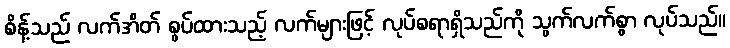
စိန့်သည် လက်အိတ် စွပ်ထားသည့် လက်များဖြင့် လုပ်စရာရှိသည်ကို သွက်လက်စွာ လုပ်သည်။